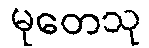
မုတေသု